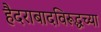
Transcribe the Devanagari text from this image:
हैदराबादविरूद्धच्या